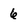
Character: 6